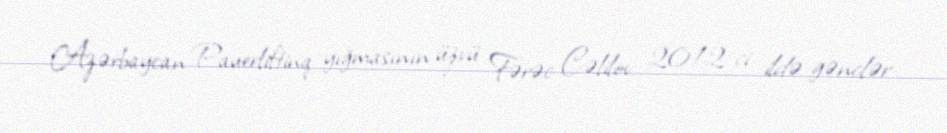
Azərbaycan Pauerliftinq yığmasının üzvü Fərəc Cəlilov 2012-ci ildə gənclər